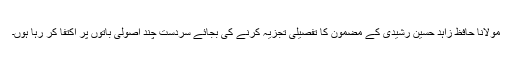
مولانا حافظ زاہد حسین رشیدی کے مضمون کا تفصیلی تجزیہ کرنے کی بجائے سردست چند اصولی باتوں پر اکتفا کر رہا ہوں۔